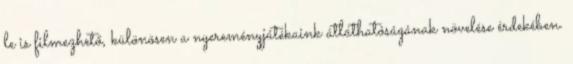
le is filmezhető, különösen a nyereményjátékaink átláthatóságának növelése érdekében.